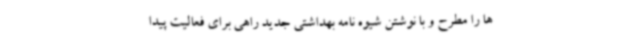
ها را مطرح و با نوشتن شیوه نامه بهداشتی جدید راهی برای فعالیت پیدا